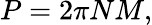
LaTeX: P=2\pi NM,